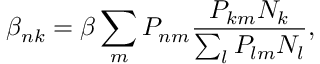
\beta _ { n k } = \beta \sum _ { m } P _ { n m } \frac { P _ { k m } N _ { k } } { \sum _ { l } P _ { l m } N _ { l } } ,